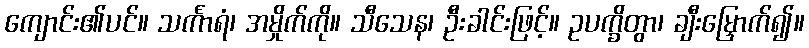
ကျောင်း၏ပင်။ သင်္ကာရံ၊ အမှိုက်ကို။ သီသေန၊ ဦးခါင်းဖြင့်။ ဥပက္ခိတွာ၊ ချီးမြှောက်၍။